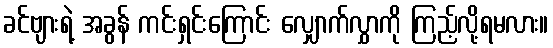
ခင်ဗျားရဲ့ အခွန် ကင်းရှင်းကြောင်း လျှောက်လွှာကို ကြည့်လို့ရမလား။